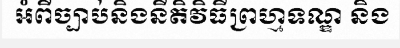
អំពីច្បាប់និងនីតិវិធីព្រហ្មទណ្ឌ និង